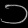
Digit: ၁